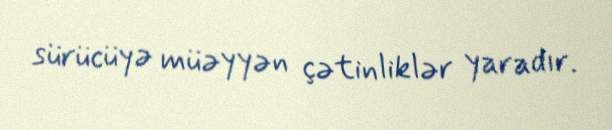
sürücüyə müəyyən çətinliklər yaradır.